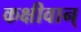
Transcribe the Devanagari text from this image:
कक्षीवान्